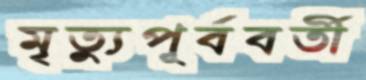
মৃত্যুপূর্ববর্তী